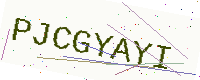
Text: PJCGYAYI